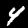
Label: 4